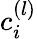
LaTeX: c_{i}^{(l)}